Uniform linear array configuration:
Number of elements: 8
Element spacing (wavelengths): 0.75
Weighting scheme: hann
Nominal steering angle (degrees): -45
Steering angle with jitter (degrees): -43.999
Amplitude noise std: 0.05
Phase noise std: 0.05

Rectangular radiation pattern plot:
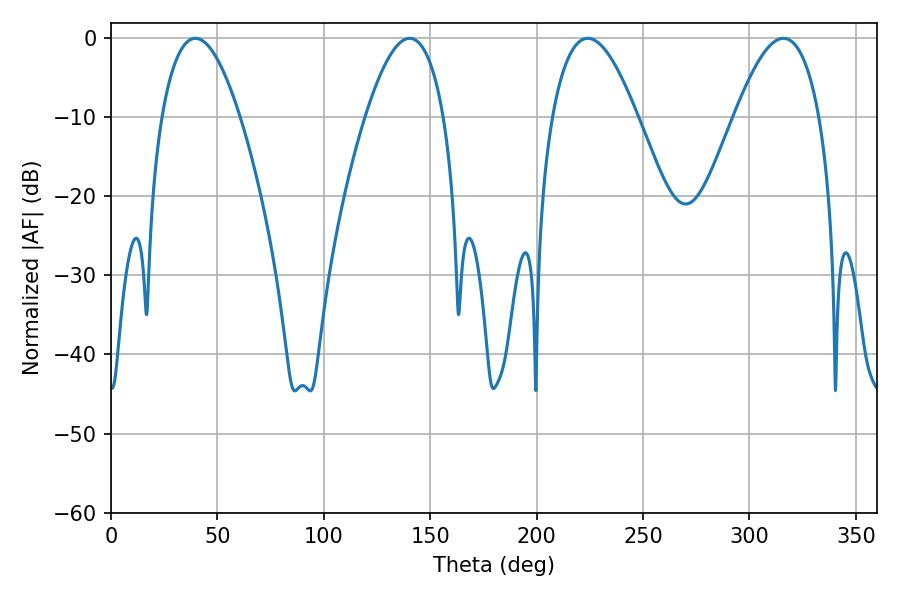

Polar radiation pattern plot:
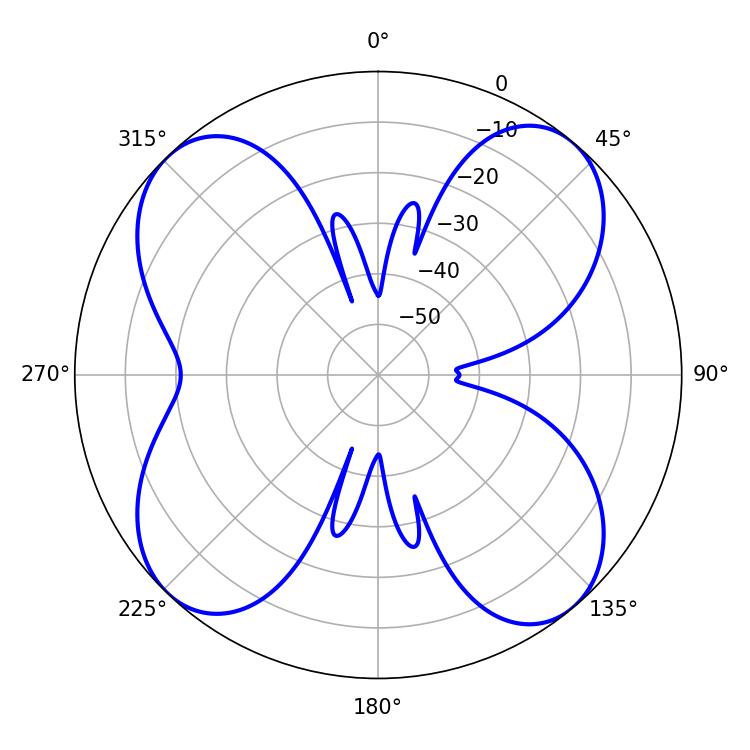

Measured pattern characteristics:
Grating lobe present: TRUE
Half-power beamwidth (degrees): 20.16
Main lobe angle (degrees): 39.6